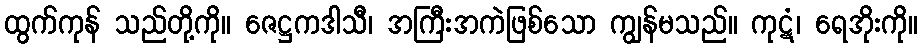
ထွက်ကုန် သည်တို့ကို။ ဇေဋ္ဌကဒါသီ၊ အကြီးအကဲဖြစ်သော ကျွန်မသည်။ ကုဋံ၊ ရေအိုးကို။